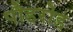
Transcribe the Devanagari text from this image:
पौडरोड